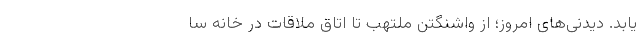
یابد. دیدنی‌های امروز؛ از واشنگتن ملتهب تا اتاق ملاقات در خانه سا